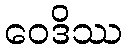
ဝေဒိဿ